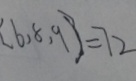
[ 6 , 8 , 9 ] = 7 2